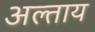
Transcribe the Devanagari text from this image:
अल्ताय